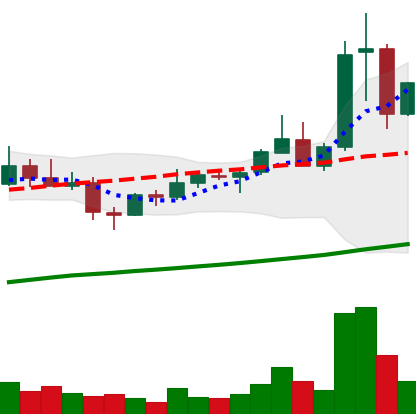
Ticker: XLM-USD
Chart end date: 2021-04-08
Forward return: 29.309%
Label: up_7plus